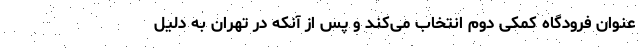
عنوان فرودگاه کمکی دوم انتخاب می‌کند و پس از آنکه در تهران به دلیل